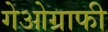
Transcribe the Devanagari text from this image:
गेओग्राफी